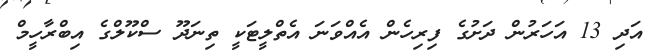
އަދި 13 އަހަރުން ދަށުގެ ފިރިހެން އެއްވަނަ އެތްލީޓަކީ ތިނަދޫ ސްކޫލްގެ އިބްރާހީމް